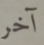
آخر